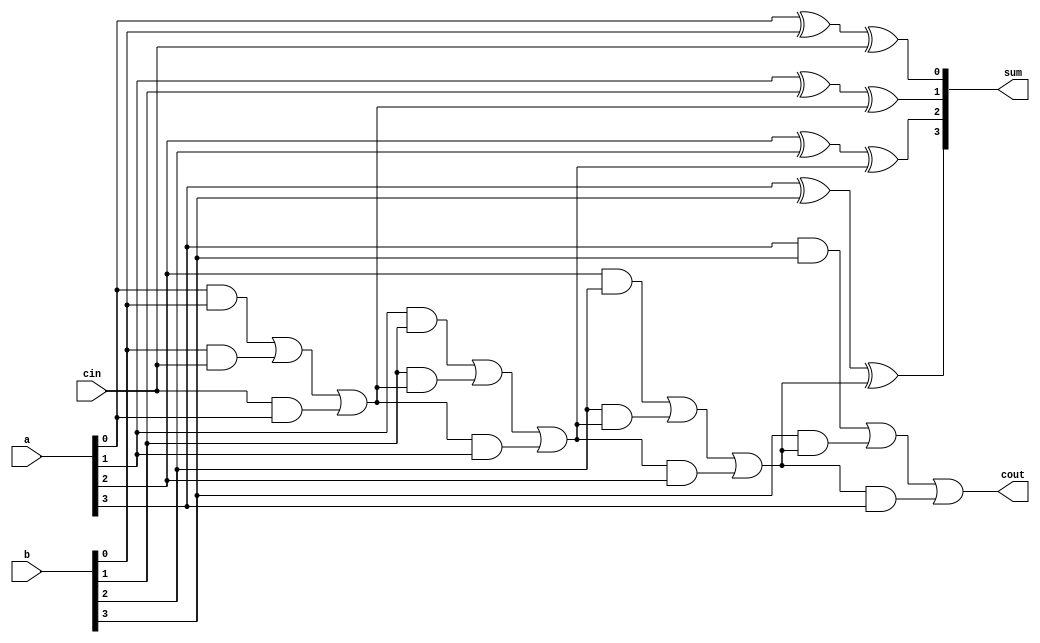
`timescale 1ns / 1ps
//////////////////////////////////////////////////////////////////////////////////
// Company: 
// Engineer: 
// 
// Design Name: 
// Module Name:    RCA 
// Project Name: 
// Target Devices: 
// Tool versions: 
// Description: 
//
// Dependencies: 
//
// Revision: 
// Revision 0.01 - File Created
// Additional Comments: 
//
//////////////////////////////////////////////////////////////////////////////////
module RCA(
    input [3:0] a,
    input [3:0] b,
    input cin,
    output [3:0] sum,
    output cout
    );
	 
	 wire c0,c1,c2;
	 assign sum[0]=a[0]^b[0]^cin;
	 assign c0=(a[0]&b[0])|(b[0]&cin)|(cin&a[0]);
	 assign sum[1]=a[1]^b[1]^c0;
	 assign c1=(a[1]&b[1])|(b[1]&c0)|(c0&a[1]);
	 assign sum[2]=a[2]^b[2]^c1;
	 assign c2=(a[2]&b[2])|(b[2]&c1)|(c1&a[2]);
	 assign sum[3]=a[3]^b[3]^c2;
	 assign cout=(a[3]&b[3])|(b[3]&c2)|(c2&a[3]);


endmodule